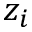
z _ { i }